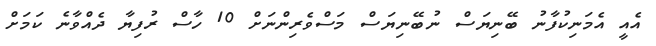
އެއީ އެމަނިކުފާނު ބޭނިޔަސް ނުބޭނިޔަސް މަސްވެރިންނަށް 10 ހާސް ރުފިޔާ ދެއްވާނެ ކަމަށް